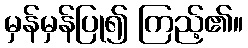
မှန်မှန်ပြု၍ ကြည့်၏။